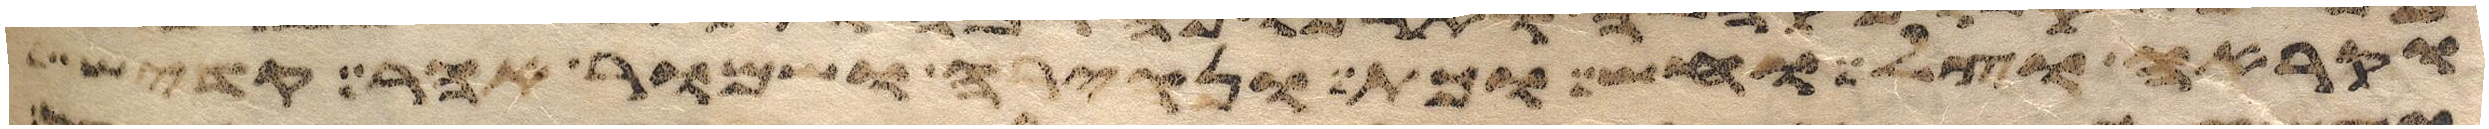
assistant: ואקרא בקול גדול ויהי כשמעו כי הרמי קולי